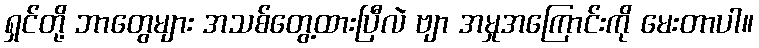
ရှင်တို့ ဘာတွေများ အသစ်တွေ့ထားပြီလဲ ဗျာ အမှုအကြောင်းကို မေးတာပါ။